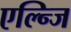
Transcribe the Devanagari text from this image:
एल्न्जि